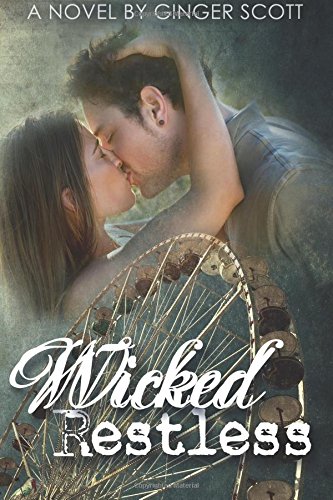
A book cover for Wicked Restless (Harper Boys) (Volume 2); Ginger Scott; Romance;